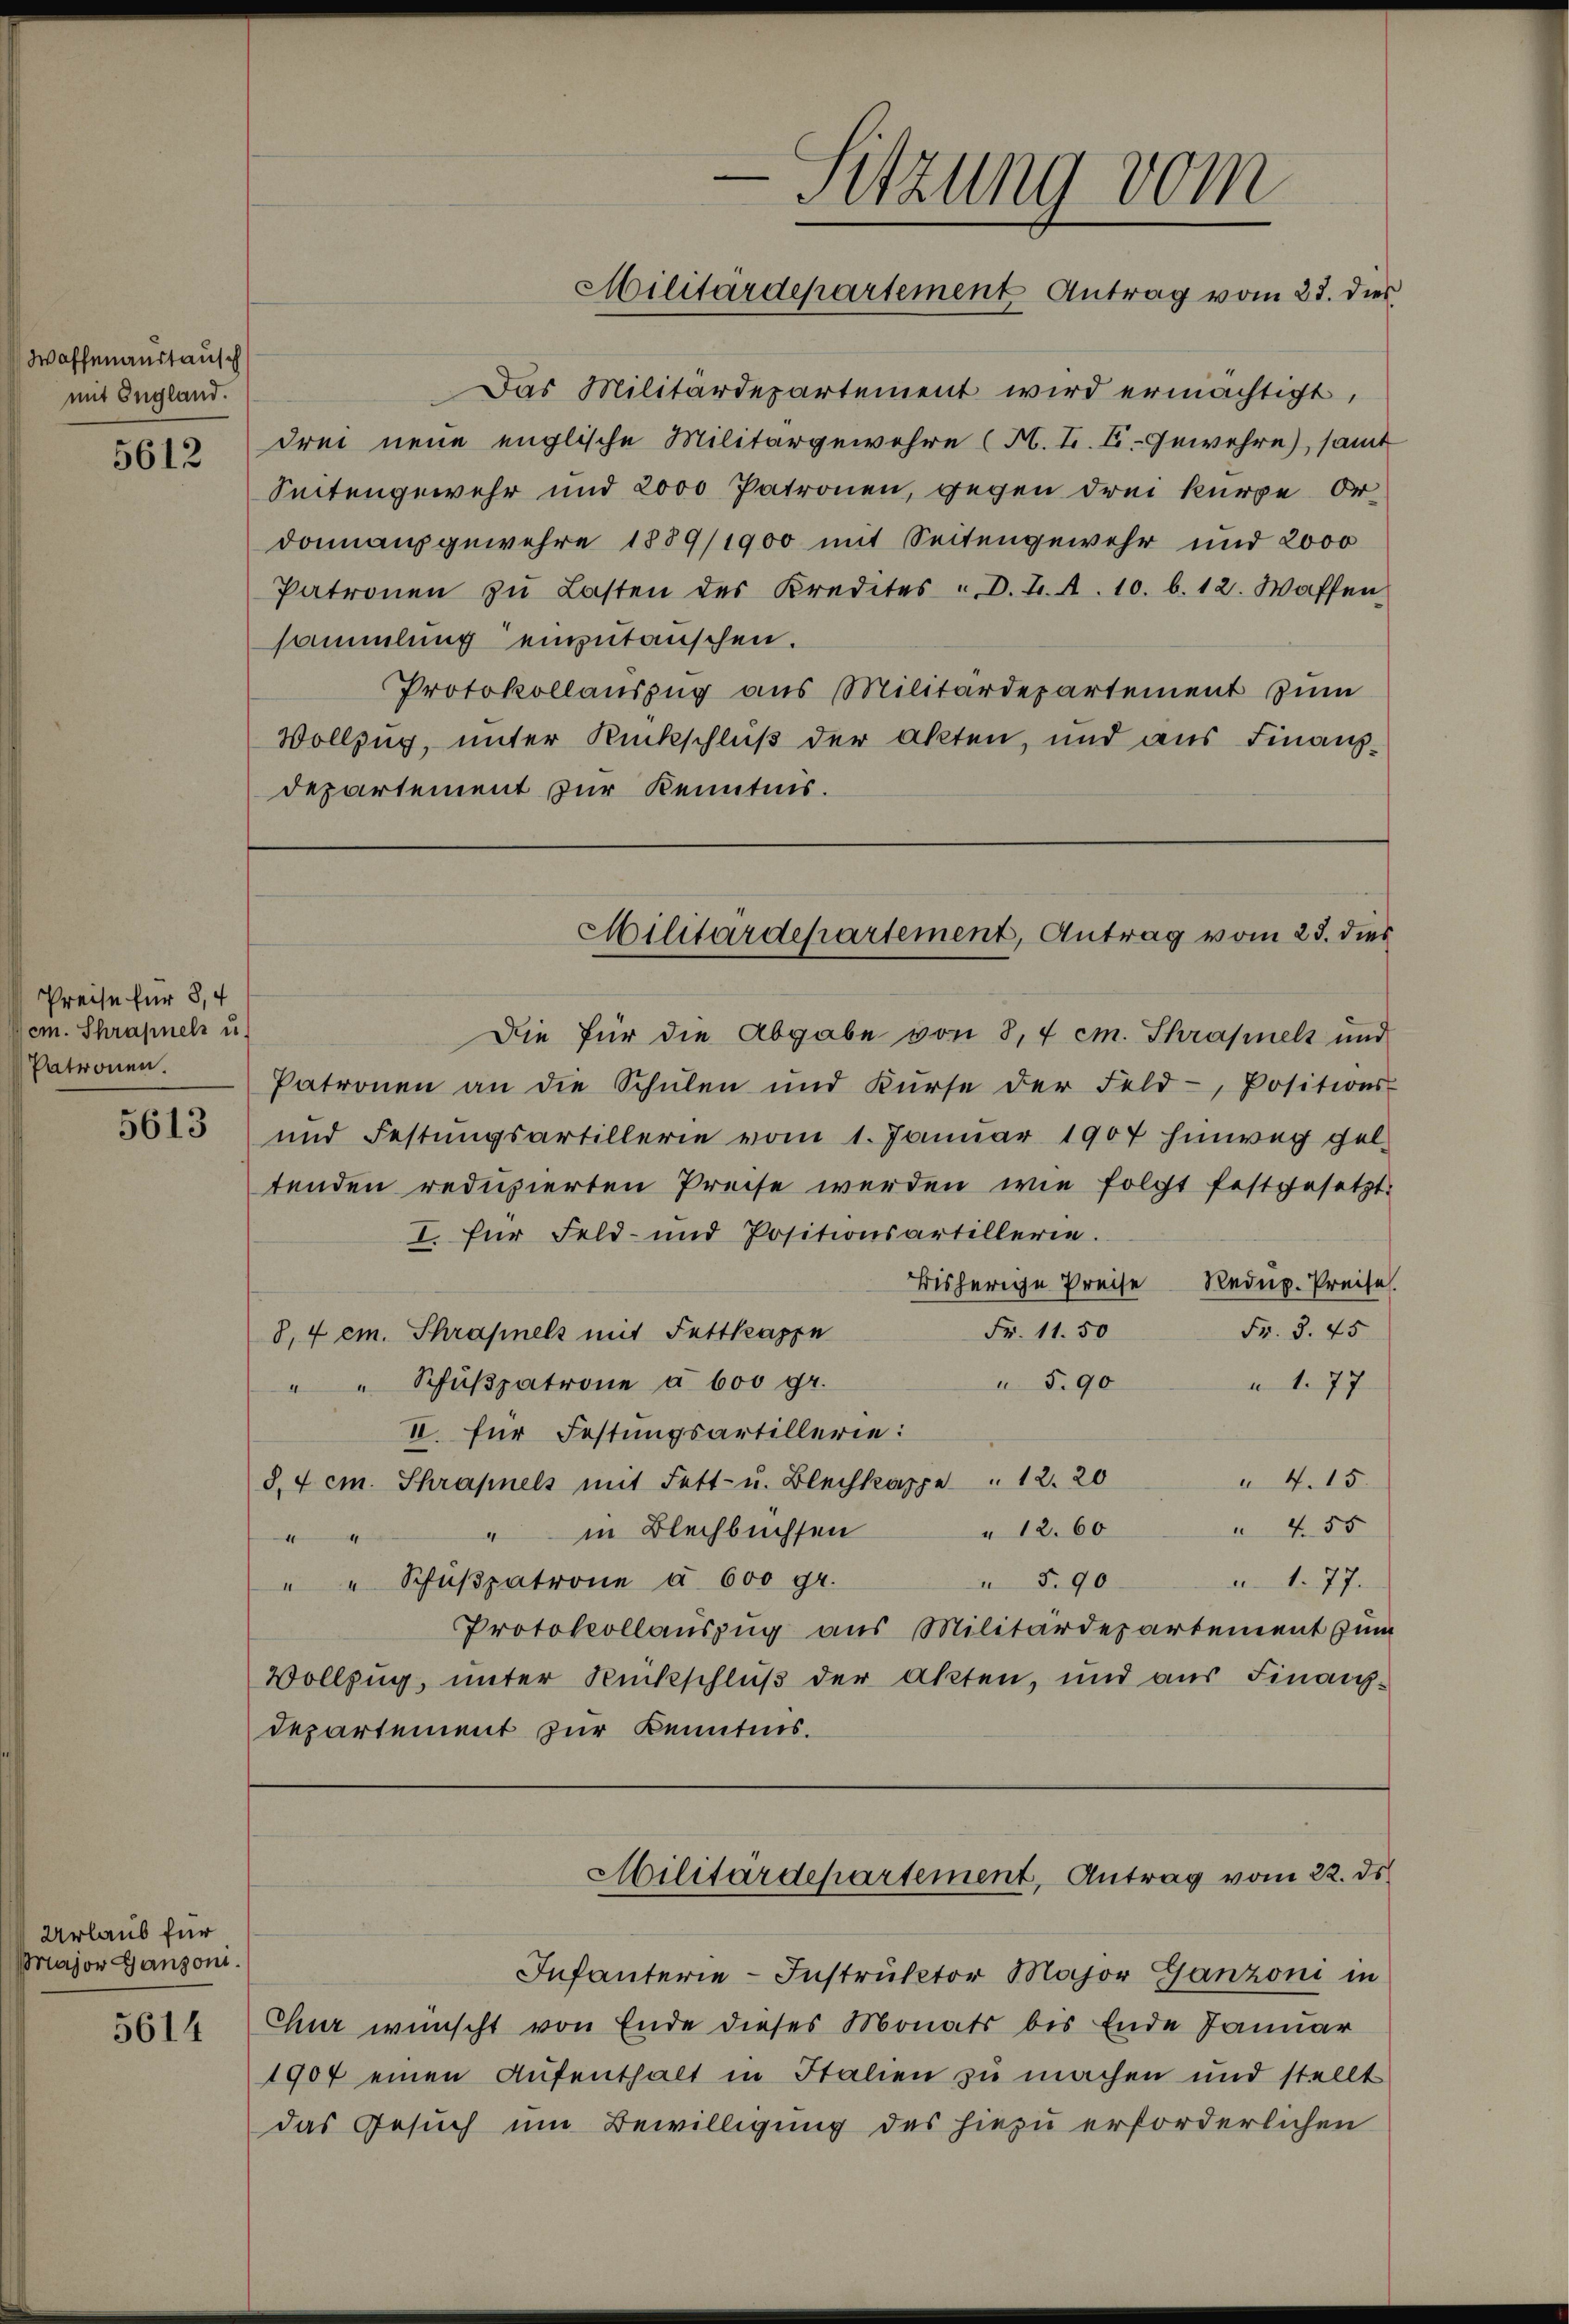
Waffenanstausch
mit England.
5612

Preise für 8,4
cm. Schrapnel u.
Patronen.

5613

Urlaub für
Major Ganzoni.

5614

Das Militärdepartement wird ermächtigt,
drei neue englische Militärgewehre (H. H. E. Gewehre, samt
Seitengewehr und 2000 Patronen, gegen drei kürze Ordonangewehre 1889/1900 mit Seitengewehr und 2000
Patronen zŭ Lasten des Kredites . D. J. A. 10. b. 12. Waffen
sammlung einzutauschen.
Protokollauszug aus Militärdepartement zum
Vollzug, unter Rückschluß der akten, und aus Finanzdepartement zur Kenntnis.

Die für die Abgabe von 8,4 cm. Schrafnels und
Patronen an die Schŭlen und Kŭrse der Feld-, Positions-
und Festungsartillerie vom 1. Januar 1907 hinweg gel-
tenden reduzierten Preise werden wie folgt festgesetzt.
I. für Feld- und Positionsartillerie.
Bisherige Preise Redup. Preise.
Fr. 3. 45
Fr. 11. 50
8,4 cm. Schrafnels mit Fettkappe
5.90
" " Schŭβpatrone a 600 gr.
u 1. 77
II. für Festungsartillerie:
 4. 15.
§. 4 cm. Schrapnels mit Fett- u. Blechkappe " 12. 20
 455
" 12. 60
" in Blechbüchsen
4
1. 77.
§.90
" " Schŭβpatrone u. 600 gr.
Protokollauszug aus Militärdepartement zum
Vollzug, unter Rückschluß der Akten, und aus Finanz¬
Departement zur Kenntnis.

Infanterie-Instruktor Major Ganzoni in
Chur wünscht von Ende dieses Monats bis Ende Januar
1907 einen Aufenthalt in Italien zu machen und stellt
das Gesuch um Bewilligung des hiezu erforderlichen

—
Sitzung vom
Militärdepartement Antrag vom 23. dies

Militärdepartement, Antrag vom 23. dies

Militärdepartement, Antrag vom 22. ds.